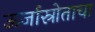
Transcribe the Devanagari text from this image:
ऊर्जास्रोताचा